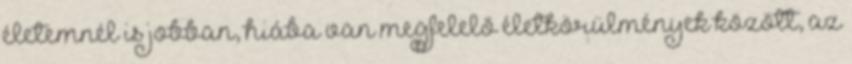
életemnél is jobban, hiába van megfelelő életkörülmények között, az